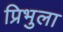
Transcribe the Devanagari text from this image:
प्रिभुला